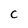
Character: C